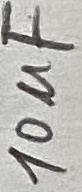
Text: 10µF